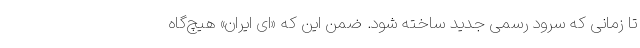
تا زمانی که سرود رسمی جدید ساخته شود. ضمن این که «ای ایران» هیچ‌گاه